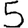
Digit: 5